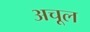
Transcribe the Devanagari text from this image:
अचूल